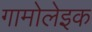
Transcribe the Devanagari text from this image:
गामोलेइक